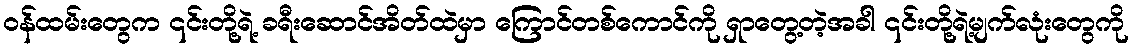
ဝန်ထမ်းတွေက ၎င်းတို့ရဲ့ ခရီးဆောင်အိတ်ထဲမှာ ကြောင်တစ်ကောင်ကို ရှာတွေ့တဲ့အခါ ၎င်းတို့ရဲ့မျက်လုံးတွေကို